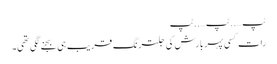
ٹپ …..ٹپ…..ٹپ
رات کسی پہر بارش کی جلترنگ قریب ہی بجنے لگی تھی۔